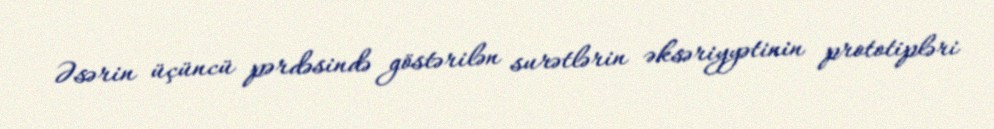
Əsərin üçüncü pərdəsində göstərilən surətlərin əksəriyyətinin prototipləri